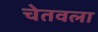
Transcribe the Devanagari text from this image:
चेतवला